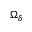
\Omega _ { \delta }